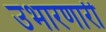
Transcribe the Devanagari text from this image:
उभारणारी